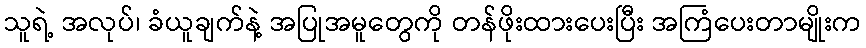
သူရဲ့ အလုပ်၊ ခံယူချက်နဲ့ အပြုအမူတွေကို တန်ဖိုးထားပေးပြီး အကြံပေးတာမျိုးက